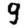
Digit: 9